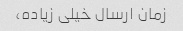
زمان ارسال خیلی زیاده،